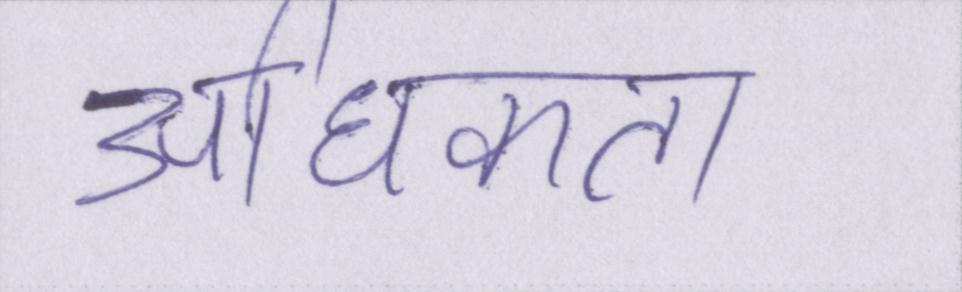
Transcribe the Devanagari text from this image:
अधिकता